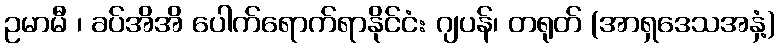
ဥမာမီ ၊ ခပ်အိအိ ပေါက်ရောက်ရာနိုင်ငံ: ဂျပန်၊ တရုတ် (အာရှဒေသအနှံ့)